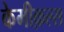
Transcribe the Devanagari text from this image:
केमीक़ल्स